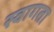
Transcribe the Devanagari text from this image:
स्वागता